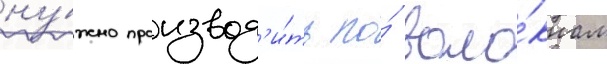
ну́жно производ'и́ть по́ воло́кнам